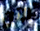
الآن